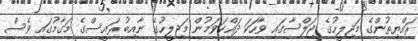
ރައްޔިތުންގެ މަޖިލީހުގެ ޖަލްސާގައި ވާހަކަ ދައްކަވަމުން މަޖިލީހުގެ ނާއިބު ރައީސްގެ މަގާމުގައި ވެސް